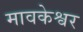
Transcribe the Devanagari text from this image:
मावकेश्वर